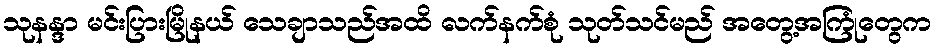
သုနန္ဒာ မင်းပြားမြိုနယ် သေချာသည်အထိ လက်နက်စုံ သုတ်သင်မည် အတွေ့အကြုံတွေက